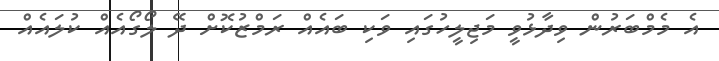
އެ މެމްބަރުން ވިދާޅުވީ މަޖިލީހުގައި ވަކި ބައެއް ރަމްޒުކޮށް ދޭ ލޯގޯއެއް ކުލައެއް